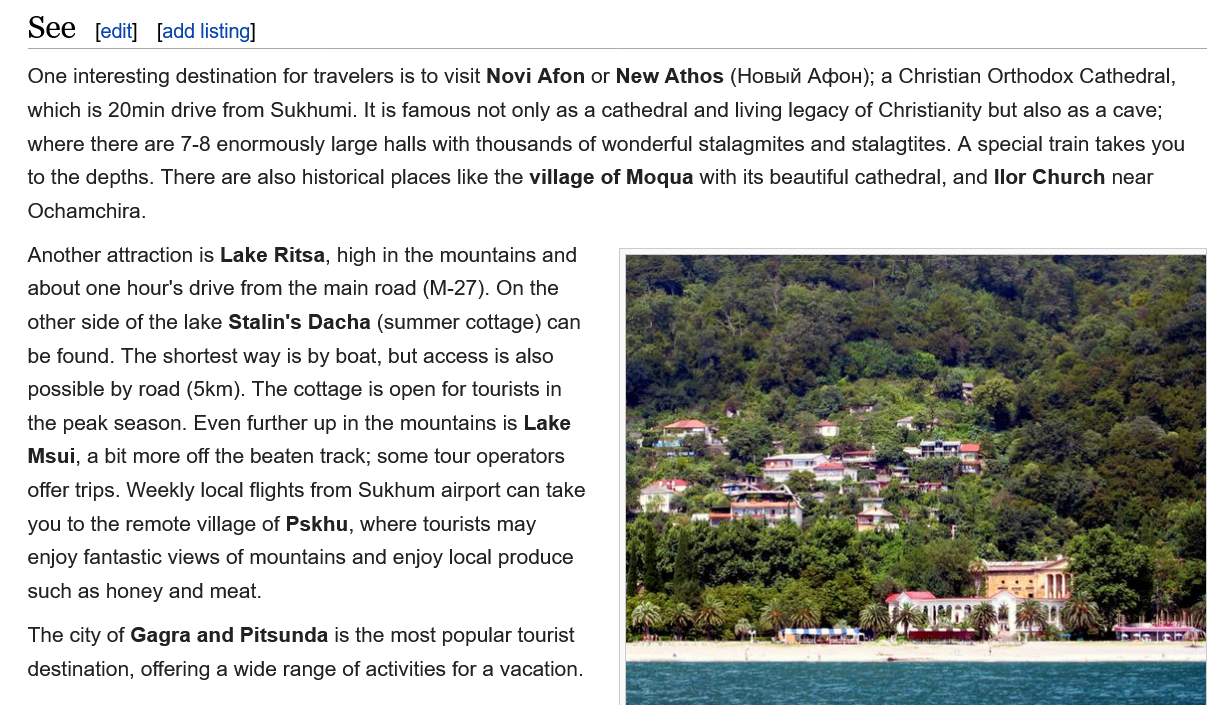
See    [add listing] [edit]
   One interesting destination for travelers is to visit Novi Afon or New Athos (Hospiii Acbou); a Christian Orthodox Cathedral,
   which is 20min drive from Sukhunii. It is famous not only as a cathedral and living legacy of Christianity but also as a cave;
   where there are 7-8 enormously large halls with thousands of wonderful stalagmites and stalagtites. A special train takes you
   to the depths. There are also historical places like the village of Moqua with its beautiful cathedral, and Ilor Church near
   Ochamchira.
   Another attraction is Lake Ritsa, high in the mountains and
   about one hour's drive from the main road (M-27). On the
   other side of the lake Stalin's Dacha (summer cottage) can
   be found. The shortest way is by boat, but access is also
   possible by road (5km). The cottage is open for tourists in
   the peak season. Even further up in the mountains is Lake
   Msui, a
     bit more off the beaten track; some tour operators
   Offer trips. Weekly local flights from Sukhum airport can take
   you to the remote village of Pskhu, where tourists may
   enjoy fantastic views of mountains and enjoy local produce
   such as honey and meat.
   The city of Gagra and Pitsunda is the most popular tourist
   destination, offering a wide range of activities for a vacation.